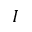
I